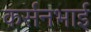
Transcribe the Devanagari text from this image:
कर्सनभाई